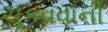
ચૂકવવાની